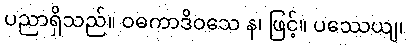
ပညာရှိသည်။ ဝဓကာဒိဝသေ န၊ ဖြင့်။ ပဿေယျ၊